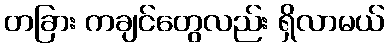
တခြား ကချင်တွေလည်း ရှိလာမယ်